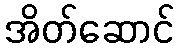
အိတ်ဆောင်